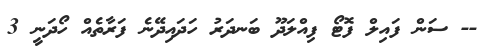
-- ސަން ފައިލް ފޮޓޯ ފިއްލަދޫ ބަނދަރު ހަދައިދޭނެ ފަރާތެއް ހޯދަނީ 3